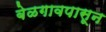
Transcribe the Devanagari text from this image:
बेळगावपासून